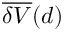
\overline { { \delta V } } ( d )